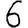
Digit: 6